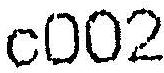
C002